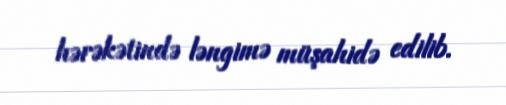
hərəkətində ləngimə müşahidə edilib.